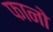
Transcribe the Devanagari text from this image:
फानो